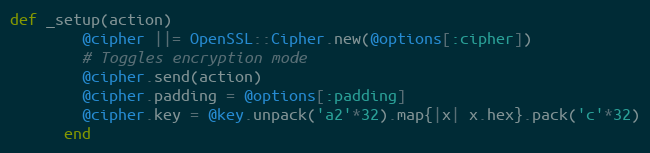
Language: Ruby
def _setup(action)
        @cipher ||= OpenSSL::Cipher.new(@options[:cipher])
        # Toggles encryption mode
        @cipher.send(action)
        @cipher.padding = @options[:padding]
        @cipher.key = @key.unpack('a2'*32).map{|x| x.hex}.pack('c'*32)
      end